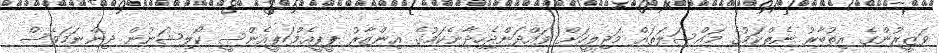
ވަޒީރުންގެ އިތުބާރު ނެތްކަމުގެ މައްސަލަތައް މަޖިލީހަށް ވައްދަންޖެހިދާނެކަމުގެ އިންޒާރު ޕީޕީއެމް/ޕީއެންސީ ކޯލިޝަނުން ދިންނަމަވެސް